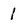
Character: 1